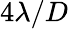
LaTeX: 4\lambda/D